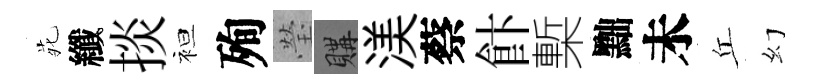
𫟍纖掞袒殉瑩購渼蔡飰槧黜未丘幻